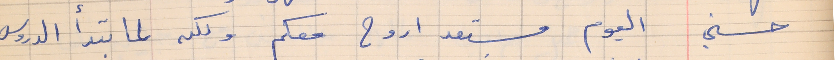
حسني     اليوم مستعد اروح معكم ولكن لما تبدأ الدروس